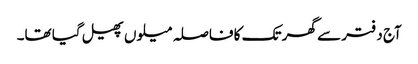
آج دفتر سے گھر تک کا فاصلہ میلوں پھیل گیا تھا۔